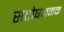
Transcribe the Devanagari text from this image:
सतोषजनक